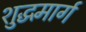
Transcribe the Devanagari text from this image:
शुद्धमार्ग